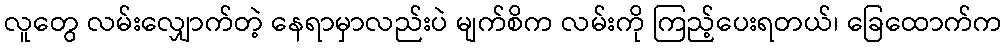
လူတွေ လမ်းလျှောက်တဲ့ နေရာမှာလည်းပဲ မျက်စိက လမ်းကို ကြည့်ပေးရတယ်၊ ခြေထောက်က